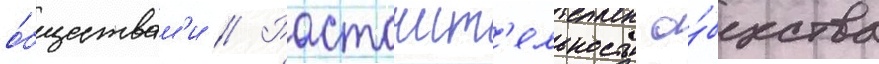
о́бществам'и // Расточит'ельность о́бщества